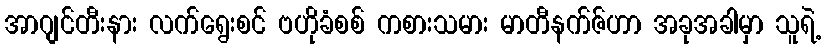
အာဂျင်တီးနား လက်ရွေးစင် ဗဟိုခံစစ် ကစားသမား မာတီနက်ဇ်ဟာ အခုအခါမှာ သူရဲ့